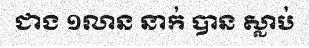
ជាង ១លាន នាក់ បាន ស្លាប់